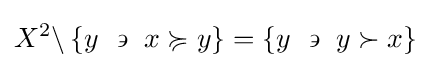
X^{2}\backslash \left\{y~\backepsilon ~x\succcurlyeq y\right\}=\left\{y~\backepsilon ~y\succ x\right\}